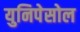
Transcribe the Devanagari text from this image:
युनिपेसोल